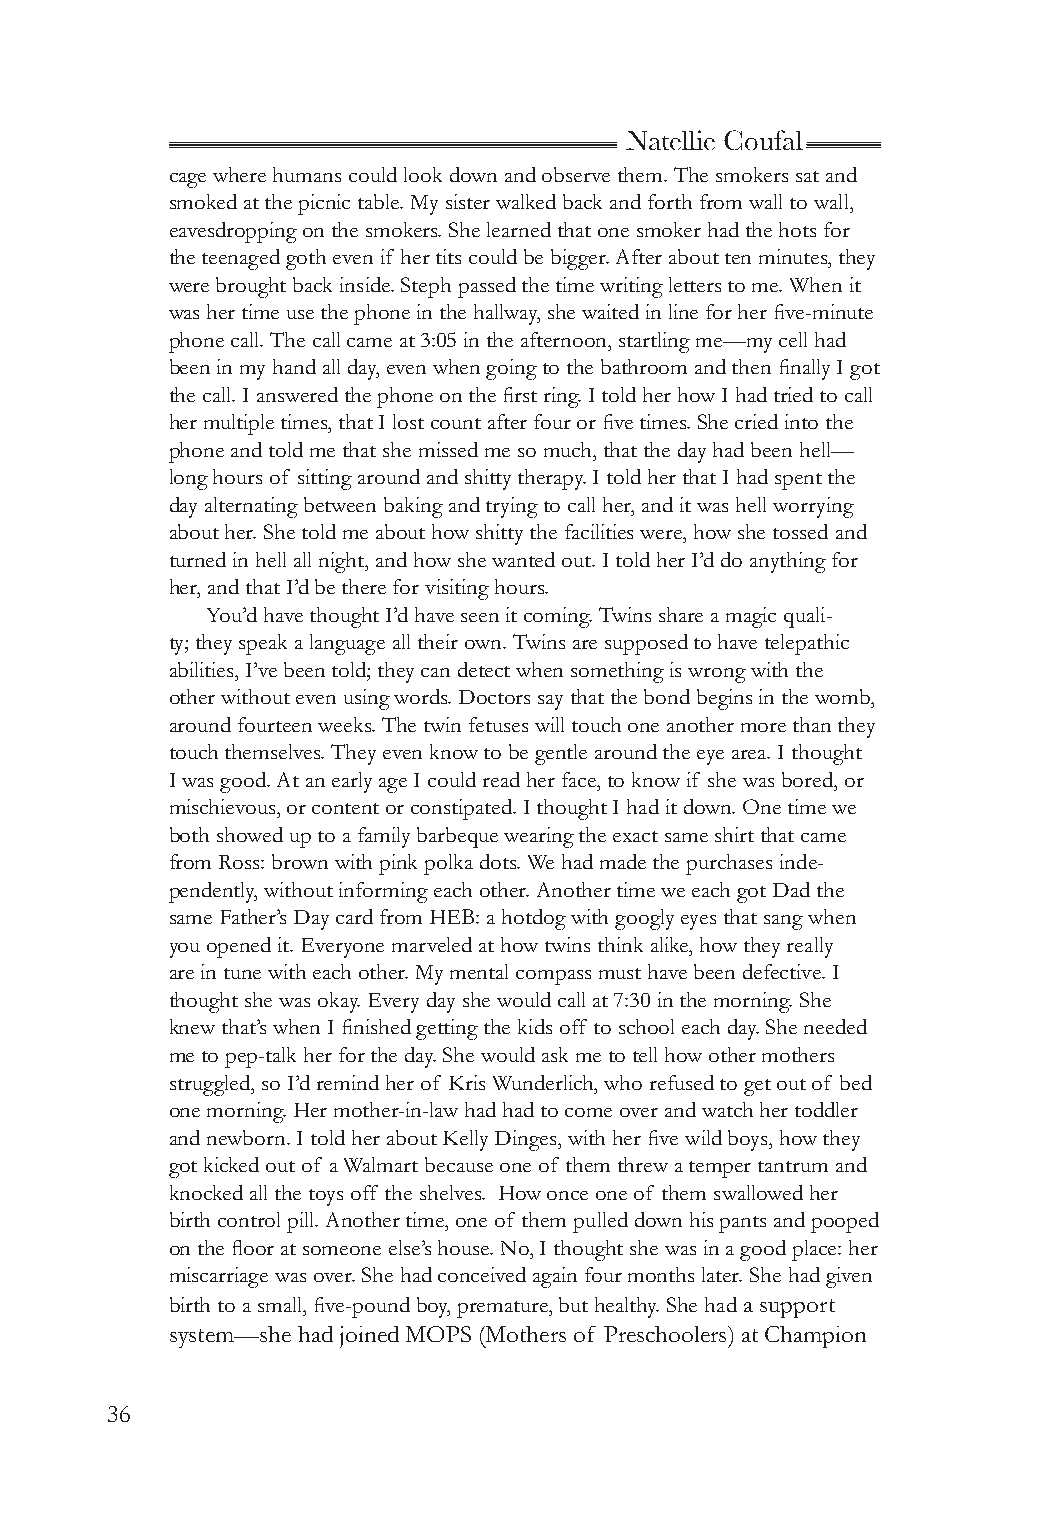
Natellie Coufal
 cage where humans could look down and observe them. The smokers sat and
 smoked at the picnic table. My sister walked back and forth from wall to wall,
 eavesdropping on the smokers. She learned that one smoker had the hots for
 the teenaged goth even if her tits could be bigger. After about ten minutes, they
 were brought back inside. Steph passed the time writing letters to me. When it
 was her time use the phone in the hallway, she waited in line for her five-minute
 phone call. The call came at 3:05 in the afternoon, startling me—my cell had
 been in my hand all day, even when going to the bathroom and then finally I got
 the call. I answered the phone on the first ring. I told her how I had tried to call
 her multiple times, that I lost count after four or five times. She cried into the
 phone and told me that she missed me so much, that the day had been hell—
 long hours of sitting around and shitty therapy. I told her that I had spent the
 day alternating between baking and trying to call her, and it was hell worrying
 about her. She told me about how shitty the facilities were, how she tossed and
 turned in hell all night, and how she wanted out. I told her I’d do anything for
 her, and that I’d be there for visiting hours.
 You’d have thought I’d have seen it coming. Twins share a magic quali-
 ty; they speak a language all their own. Twins are supposed to have telepathic
 abilities, I’ve been told; they can detect when something is wrong with the
 other without even using words. Doctors say that the bond begins in the womb,
 around fourteen weeks. The twin fetuses will touch one another more than they
 touch themselves. They even know to be gentle around the eye area. I thought
 I was good. At an early age I could read her face, to know if she was bored, or
 mischievous, or content or constipated. I thought I had it down. One time we
 both showed up to a family barbeque wearing the exact same shirt that came
 from Ross: brown with pink polka dots. We had made the purchases inde-
 pendently, without informing each other. Another time we each got Dad the
 same Father’s Day card from HEB: a hotdog with googly eyes that sang when
 you opened it. Everyone marveled at how twins think alike, how they really
 are in tune with each other. My mental compass must have been defective. I
 thought she was okay. Every day she would call at 7:30 in the morning. She
 knew that’s when I finished getting the kids off to school each day. She needed
 me to pep-talk her for the day. She would ask me to tell how other mothers
 struggled, so I’d remind her of Kris Wunderlich, who refused to get out of bed
 one morning. Her mother-in-law had had to come over and watch her toddler
 and newborn. I told her about Kelly Dinges, with her five wild boys, how they
 got kicked out of a Walmart because one of them threw a temper tantrum and
 knocked all the toys off the shelves. How once one of them swallowed her
 birth control pill. Another time, one of them pulled down his pants and pooped
 on the floor at someone else’s house. No, I thought she was in a good place: her
 miscarriage was over. She had conceived again four months later. She had given
 birth to a small, five-pound boy, premature, but healthy. She had a support
 system—she had joined MOPS (Mothers of Preschoolers) at Champion
 36